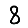
Digit: 8